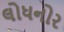
લોધનોર